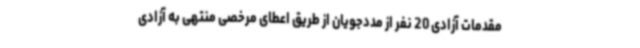
مقدمات آزادی 20 نفر از مددجویان از طریق اعطای مرخصی منتهی به آزادی